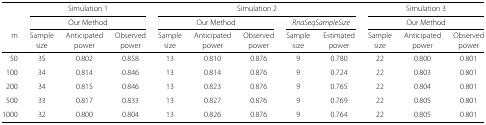
<table><thead><tr><td></td><td colspan="3"><b>Simulation 1</b></td><td colspan="5"><b>Simulation 2</b></td><td colspan="3"><b>Simulation 3</b></td></tr><tr><td></td><td colspan="3"><b>Our Method</b></td><td colspan="3"><b>Our Method</b></td><td colspan="2"><b><i>RnaSeqSampleSize</i></b></td><td colspan="3"><b>Our Method</b></td></tr><tr><td><b>m</b></td><td><b>Sample</b></td><td><b>Anticipated</b></td><td><b>Observed</b></td><td><b>Sample</b></td><td><b>Anticipated</b></td><td><b>Observed</b></td><td><b>Sample</b></td><td><b>Estimated</b></td><td><b>Sample</b></td><td><b>Anticipated</b></td><td><b>Observed</b></td></tr><tr><td></td><td><b>size</b></td><td><b>power</b></td><td><b>power</b></td><td><b>size</b></td><td><b>power</b></td><td><b>power</b></td><td><b>size</b></td><td><b>power</b></td><td><b>size</b></td><td><b>power</b></td><td><b>power</b></td></tr></thead><tbody><tr><td>50</td><td>35</td><td>0.802</td><td>0.858</td><td>13</td><td>0.810</td><td>0.876</td><td>9</td><td>0.780</td><td>22</td><td>0.800</td><td>0.801</td></tr><tr><td>100</td><td>34</td><td>0.814</td><td>0.846</td><td>13</td><td>0.814</td><td>0.876</td><td>9</td><td>0.724</td><td>22</td><td>0.803</td><td>0.801</td></tr><tr><td>200</td><td>34</td><td>0.815</td><td>0.846</td><td>13</td><td>0.823</td><td>0.876</td><td>9</td><td>0.765</td><td>22</td><td>0.804</td><td>0.801</td></tr><tr><td>500</td><td>33</td><td>0.817</td><td>0.833</td><td>13</td><td>0.827</td><td>0.876</td><td>9</td><td>0.769</td><td>22</td><td>0.805</td><td>0.801</td></tr><tr><td>1000</td><td>32</td><td>0.800</td><td>0.804</td><td>13</td><td>0.826</td><td>0.876</td><td>9</td><td>0.764</td><td>22</td><td>0.805</td><td>0.801</td></tr></tbody></table>